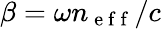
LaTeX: \beta=\omega n_{\mathrm{~e~f~f~}}/c